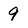
Character: 9